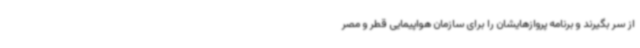
از سر بگیرند و برنامه پروازهایشان را برای سازمان هواپیمایی قطر و مصر